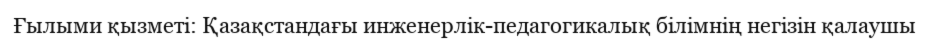
Ғылыми қызметі: Қазақстандағы инженерлік-педагогикалық білімнің негізін қалаушы